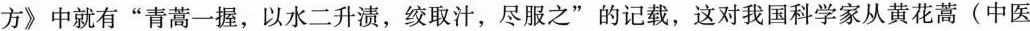
方》中就有“青蒿一握，以水二升渍，绞取汁，尽服之”的记载，这对我国科学家从黄花蒿(中医